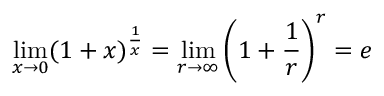
\operatorname* { l i m } _ { x \to 0 } ( 1 + x ) ^ { \frac { 1 } { x } } = \operatorname* { l i m } _ { r \to \infty } \left( 1 + { \frac { 1 } { r } } \right) ^ { r } = e